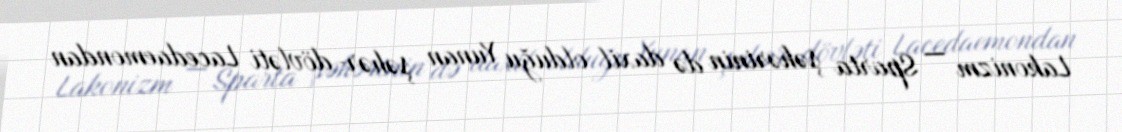
Lakonizm — Sparta şəhərinin də daxil olduğu Yunan şəhər-dövləti Lacedaemondan